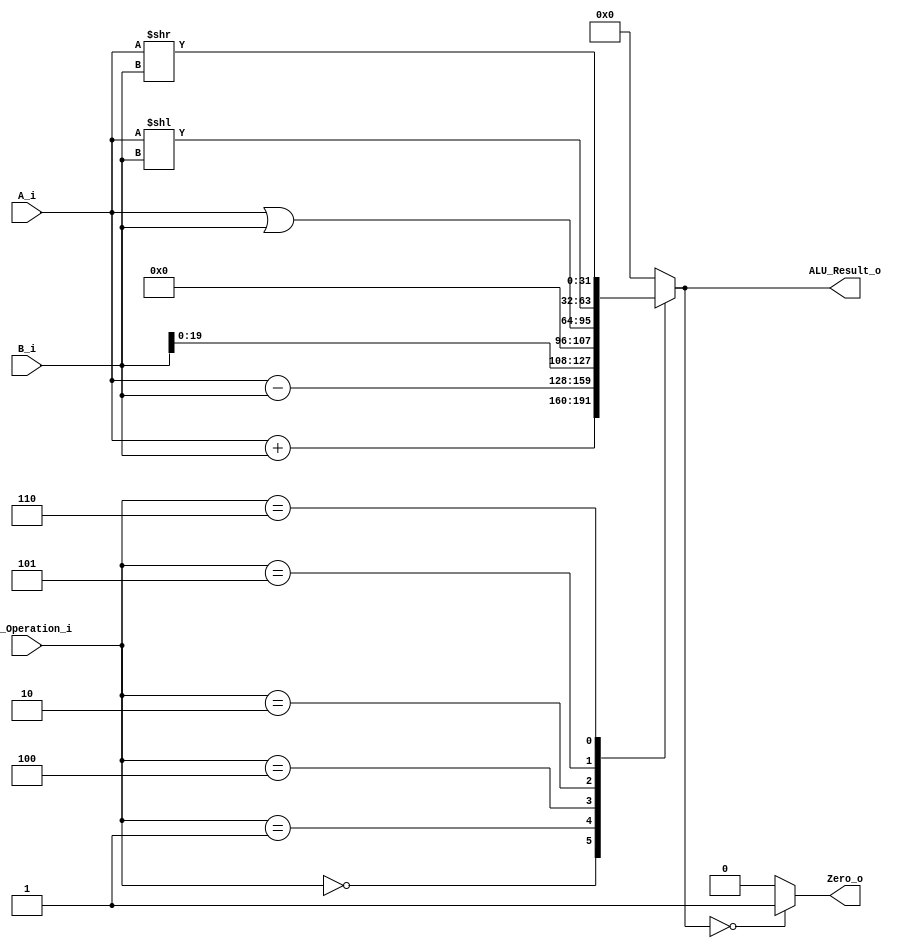
/******************************************************************
* Description
*	This is an 32-bit arithetic logic unit that can execute the next set of operations:
*		add

* This ALU is written by using behavioral description.
* Version:
*	1.0
* Author:
*	Dr. Jos Luis Pizano Escalante
* email:
*	luispizano@iteso.mx
* Date:
*	16/08/2021
******************************************************************/

module ALU 
(
	input [3:0] ALU_Operation_i,
	input signed [31:0] A_i,
	input signed [31:0] B_i,
	output reg Zero_o,
	output reg [31:0] ALU_Result_o
);

localparam ADD = 4'b0000;
localparam SUB = 4'b0001;
localparam LUI = 4'b0100;
localparam OR	= 4'b0010;
localparam SLL = 4'b0101;
localparam SRL = 4'b0110;


   
   always @ (A_i or B_i or ALU_Operation_i)
     begin
		case (ALU_Operation_i)
		ADD: //addi y add
			ALU_Result_o = A_i + B_i;
		SUB: //sub
			ALU_Result_o = A_i - B_i;
		LUI: // lui
			ALU_Result_o = {B_i[19:0],12'b0};
		OR: 	//	ori
		   ALU_Result_o = A_i|B_i;
		SLL:
			ALU_Result_o = A_i << B_i;
		SRL:
			ALU_Result_o = A_i >> B_i;
		
		
		
	
		default:
			ALU_Result_o = 0;
		endcase // case(control)
		
		Zero_o = (ALU_Result_o == 0) ? 1'b1 : 1'b0;
		
     end // always @ (A or B or control)
endmodule // ALU